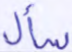
سأل